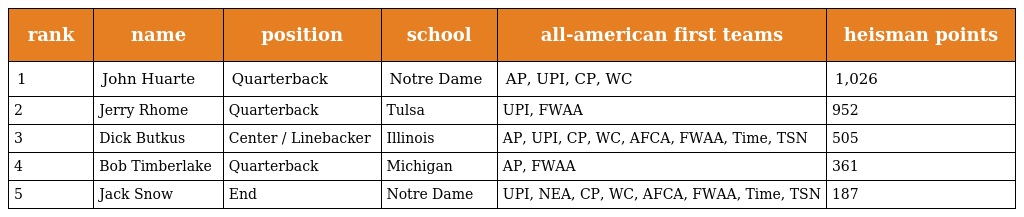
| rank | name | position | school | all-american first teams | heisman points |
 | --- | --- | --- | --- | --- | --- |
 | 1 | John Huarte | Quarterback | Notre Dame | AP, UPI, CP, WC | 1,026 |
 | 2 | Jerry Rhome | Quarterback | Tulsa | UPI, FWAA | 952 |
 | 3 | Dick Butkus | Center / Linebacker | Illinois | AP, UPI, CP, WC, AFCA, FWAA, Time, TSN | 505 |
 | 4 | Bob Timberlake | Quarterback | Michigan | AP, FWAA | 361 |
 | 5 | Jack Snow | End | Notre Dame | UPI, NEA, CP, WC, AFCA, FWAA, Time, TSN | 187 |